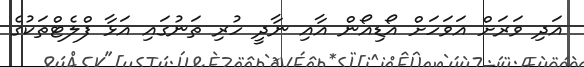
އަދި ވަރަށް އަވަހަށް އޯޑިއޯން އާއި ނާދީ ހުރި ތަނުގައި އަޅާ ފްލެޓްތަކުގެ